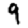
Digit: 9